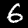
Digit: 6